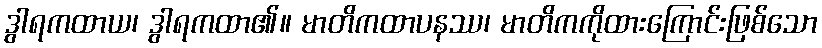
ဒွါရကထာယ၊ ဒွါရကထာ၏။ မာတိကထာပနဿ၊ မာတိကကိုထားကြောင်းဖြစ်သော